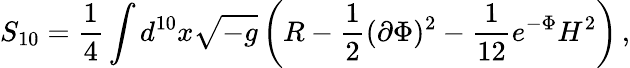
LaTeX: S_{10}=\frac{1}{4}\int d^{10}x\sqrt{-g}\left(R-\frac{1}{2}(\partial\Phi)^{2}-\frac{1}{12}e^{-\Phi}H^{2}\right)\, ,